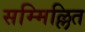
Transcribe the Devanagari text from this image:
सम्मिल्लित